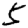
Digit: 5